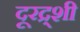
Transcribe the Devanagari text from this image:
दूरद्र्शी